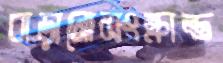
বাড়ানোসংক্রান্ত